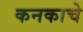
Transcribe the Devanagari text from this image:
कनकाचे